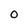
Character: 0